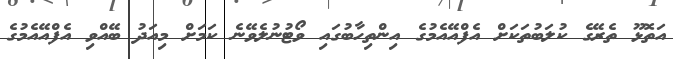
އަތޮޅޫ ތެރޭގެ ކުލަބުތަކަށް އެފްއޭއެމުގެ އިންތިހާބުގައި ވޯޓުނުލެވޭނެ ކަމަށް މިއަދު ބޭއްވި އެފްއޭއެމުގެ